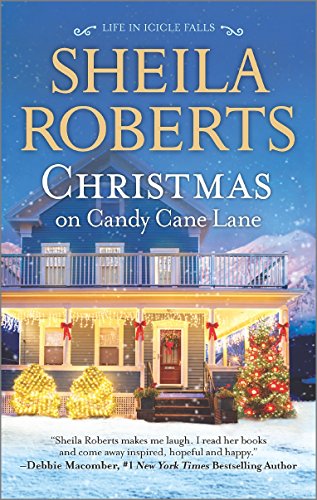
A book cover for Christmas on Candy Cane Lane (Life in Icicle Falls); Sheila Roberts; Romance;